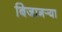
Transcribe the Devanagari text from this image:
बिजागर्‍या